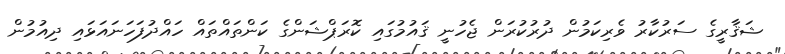
ޝަޤާރީގެ ސަރުކާރު ވެރިކަމުން ދުރުކުރަން ޖެހުނީ ޤައުމުގައި ކޮރަޕްޝަންގެ ކަންތައްތައް ހައްދުފަހަނައަޅައި ދިއުމުން